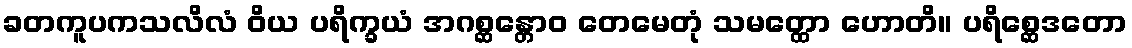
ခတကူပကသလိလံ ဝိယ ပရိက္ခယံ အဂစ္ဆန္တောဝ တေမေတုံ သမတ္ထော ဟောတိ။ ပရိစ္ဆေဒတော